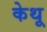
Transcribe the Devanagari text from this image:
केथू